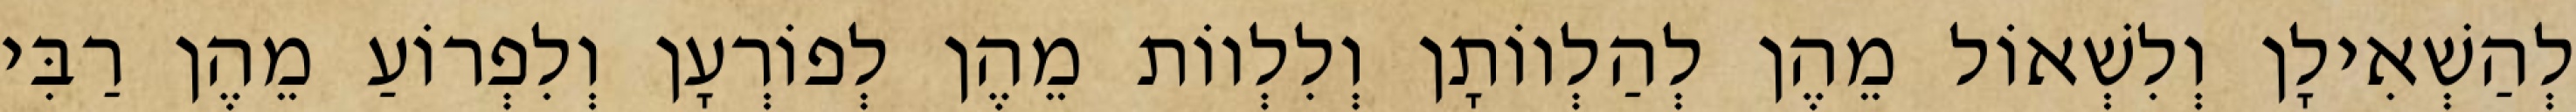
לְהַשְׁאִילָן וְלִשְׁאוֹל מֵהֶן לְהַלְווֹתָן וְלִלְווֹת מֵהֶן לְפוֹרְעָן וְלִפְרוֹעַ מֵהֶן רַבִּי